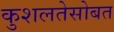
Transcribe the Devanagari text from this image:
कुशलतेसोबत